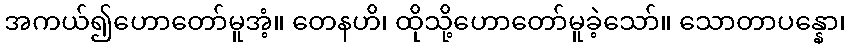
အကယ်၍ဟောတော်မူအံ့။ တေနဟိ၊ ထိုသို့ဟောတော်မူခဲ့သော်။ သောတာပန္နော၊